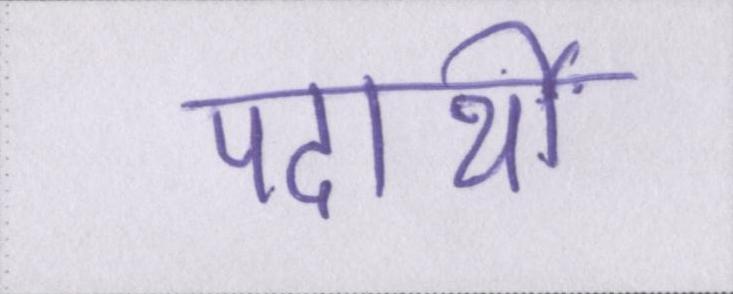
पदार्थों